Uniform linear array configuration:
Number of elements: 12
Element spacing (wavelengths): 0.5
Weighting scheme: binomial
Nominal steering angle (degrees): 15
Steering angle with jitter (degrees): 14.355
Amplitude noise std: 0.05
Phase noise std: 0.05

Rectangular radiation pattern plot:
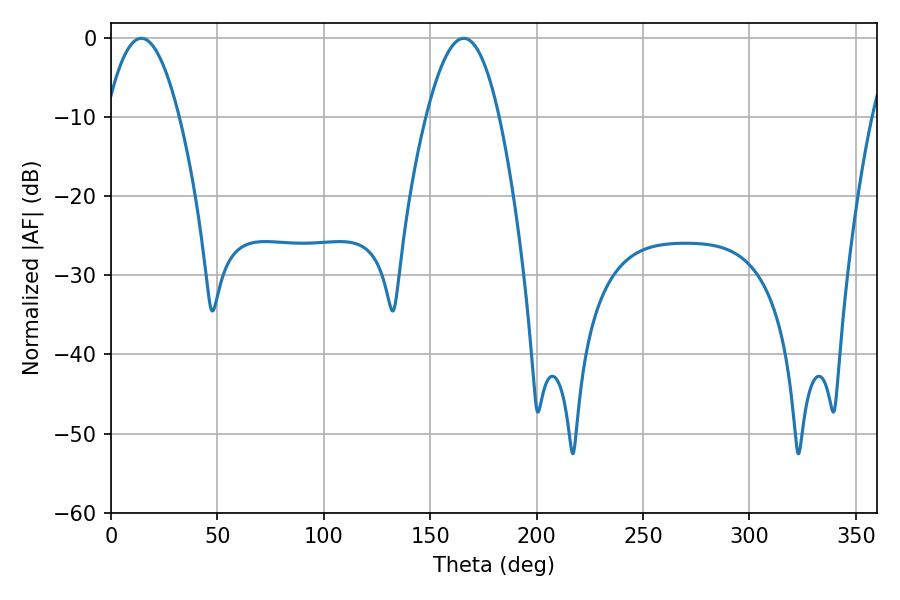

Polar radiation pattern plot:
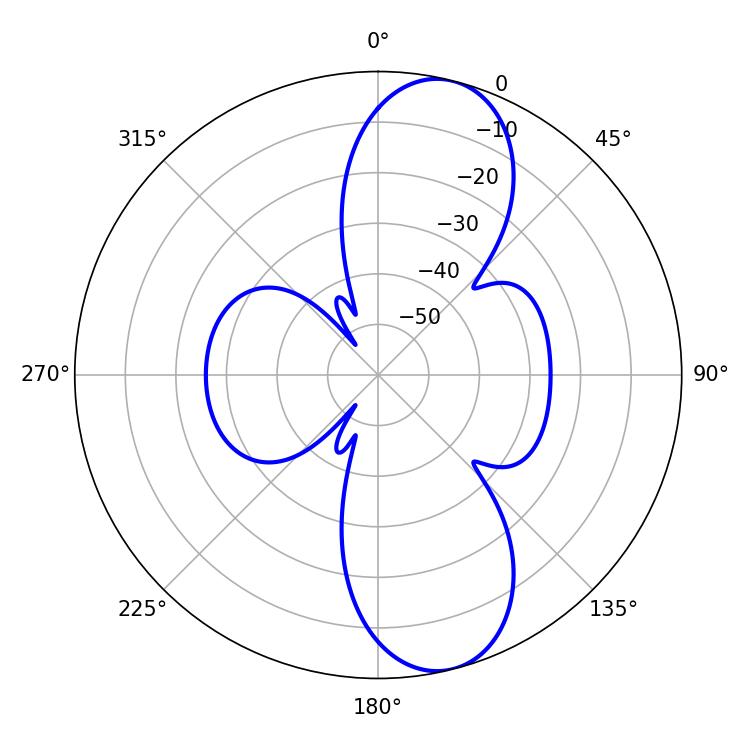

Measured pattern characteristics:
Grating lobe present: FALSE
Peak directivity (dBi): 10.545
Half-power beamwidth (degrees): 18.72
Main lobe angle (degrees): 14.22